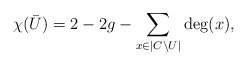
\begin{align*}\chi(\bar U)=2-2g-\sum_{x\in |C\setminus U|}\deg(x),\end{align*}